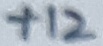
Text: +12